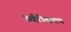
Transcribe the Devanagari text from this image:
उर्वरीकरण